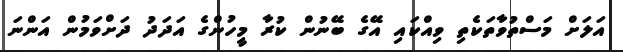
އަލަށް މަސްތުވާތަކެތި ވިއްކައި އޭގެ ބޭނުން ކުރާ މީހުންގެ އަދަދު ދަށްވަމުން އަންނަ